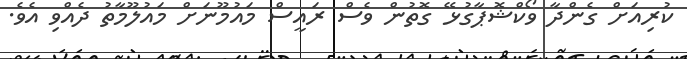
ކުރިއަށް ގެންދާ ވޯކްޝޮޕާގުޅޭ ގޮތުން ވެސް ރައީސް މައުމޫނަށް މައުލޫމާތު ދެއްވި އެވެ.